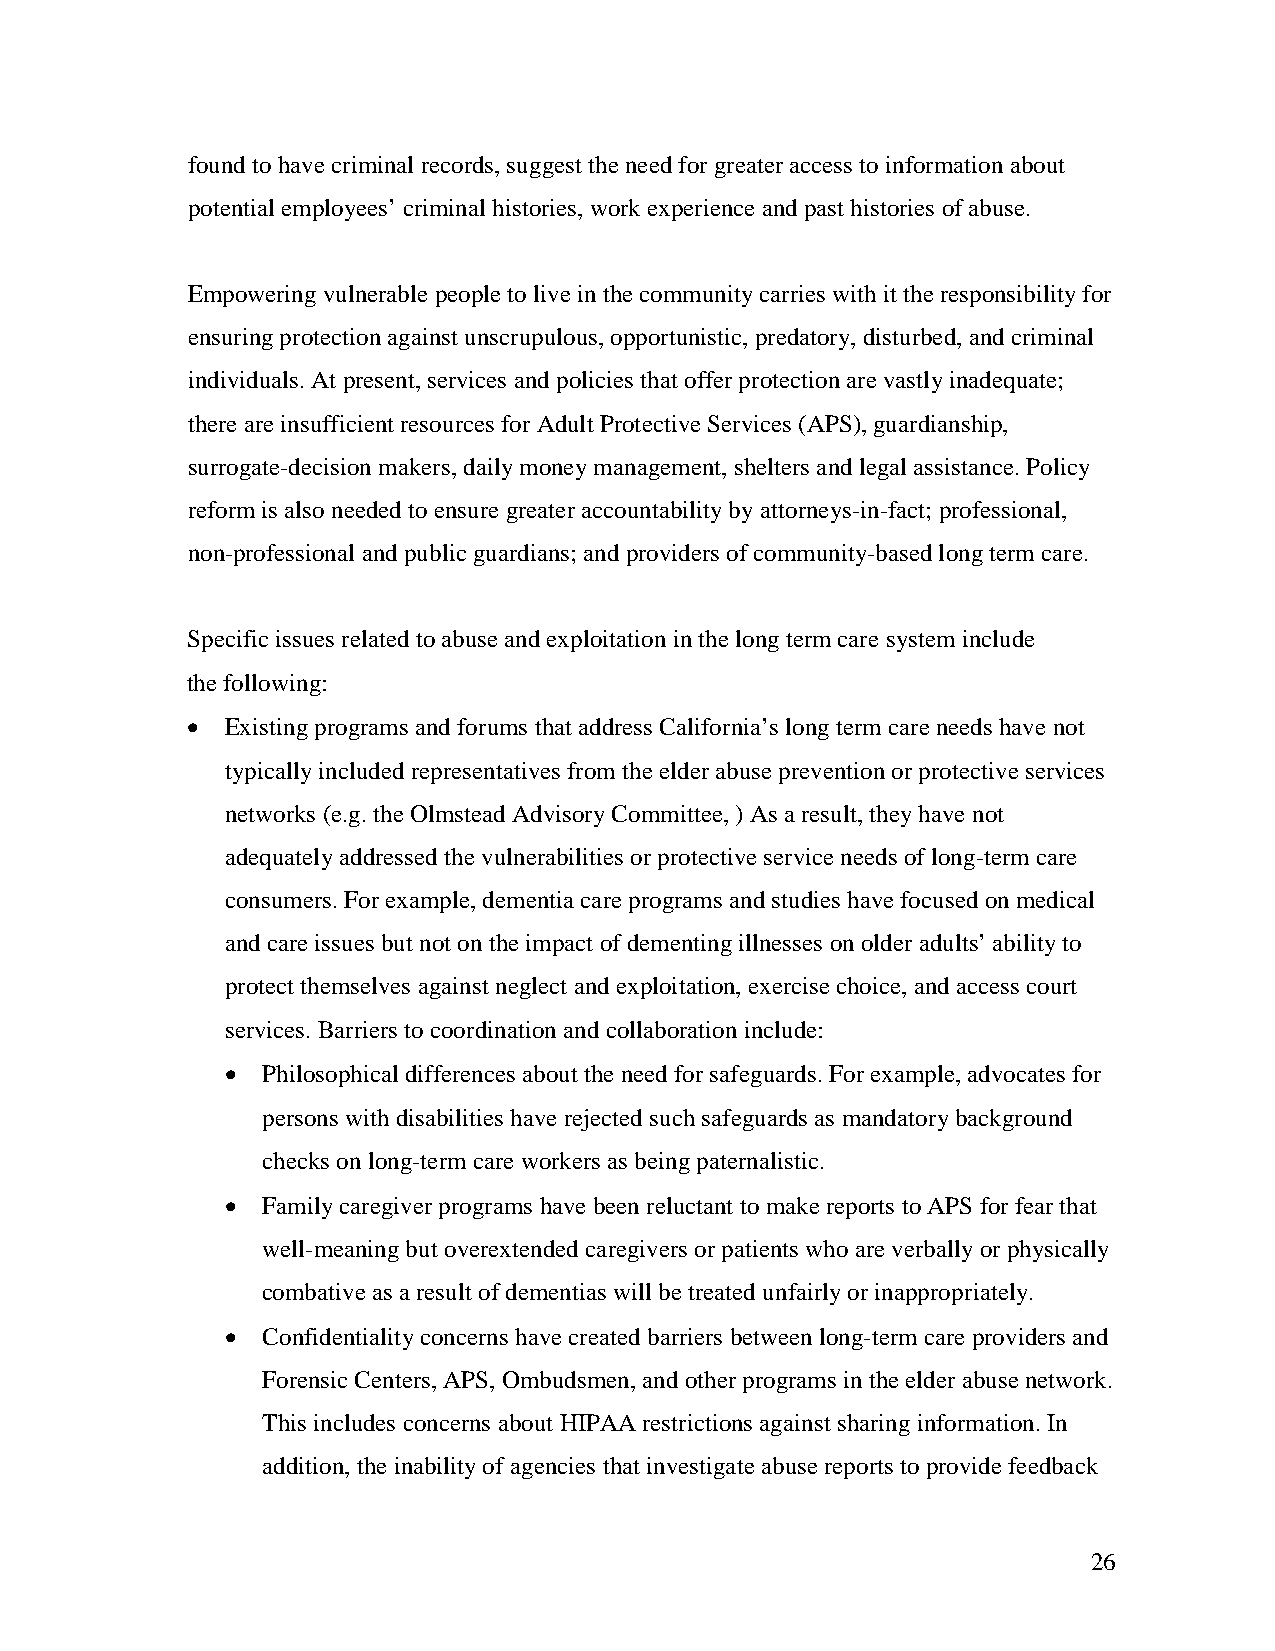
found to have criminal records, suggest the need for greater access to information about
 potential employees’ criminal histories, work experience and past histories of abuse.
 Empowering vulnerable people to live in the community carries with it the responsibility for
 ensuring protection against unscrupulous, opportunistic, predatory, disturbed, and criminal
 individuals. At present, services and policies that offer protection are vastly inadequate;
 there are insufficient resources for Adult Protective Services (APS), guardianship,
 surrogate-decision makers, daily money management, shelters and legal assistance. Policy
 reform is also needed to ensure greater accountability by attorneys-in-fact; professional,
 non-professional and public guardians; and providers of community-based long term care.
 Specific issues related to abuse and exploitation in the long term care system include
 the following:
 •  Existing programs and forums that address California’s long term care needs have not
 typically included representatives from the elder abuse prevention or protective services
 networks (e.g. the Olmstead Advisory Committee, ) As a result, they have not
 adequately addressed the vulnerabilities or protective service needs of long-term care
 consumers. For example, dementia care programs and studies have focused on medical
 and care issues but not on the impact of dementing illnesses on older adults’ ability to
 protect themselves against neglect and exploitation, exercise choice, and access court
 services. Barriers to coordination and collaboration include:
 • Philosophical differences about the need for safeguards. For example, advocates for
 persons with disabilities have rejected such safeguards as mandatory background
 checks on long-term care workers as being paternalistic.
 • Family caregiver programs have been reluctant to make reports to APS for fear that
 well-meaning but overextended caregivers or patients who are verbally or physically
 combative as a result of dementias will be treated unfairly or inappropriately.
 • Confidentiality concerns have created barriers between long-term care providers and
 Forensic Centers, APS, Ombudsmen, and other programs in the elder abuse network.
 This includes concerns about HIPAA restrictions against sharing information. In
 addition, the inability of agencies that investigate abuse reports to provide feedback
 26